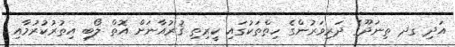
އަދި ގދ ތިނަދޫގެ ދަރިވަރުންގެ ހިތްތަކުގައި ކީރިތި ޤުރުއާނަށް އޮތް ލޯބި އިތުރުކުރުމާއި